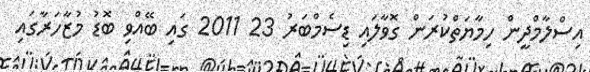
އިސްލާމްދީން ހިމާޔަތްކުރަން ގޮވާލައި ޑިސެމްބަރު 23 2011 ގައި ބޭއްވި ބޮޑު މުޒާހަރާގައި